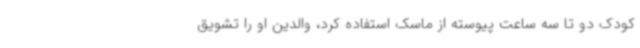
کودک دو تا سه ساعت پیوسته از ماسک استفاده کرد، والدین او را تشویق